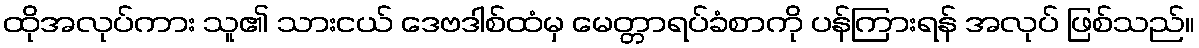
ထိုအလုပ်ကား သူ၏ သားငယ် ဒေဗဒါစ်ထံမှ မေတ္တာရပ်ခံစာကို ပန်ကြားရန် အလုပ် ဖြစ်သည်။